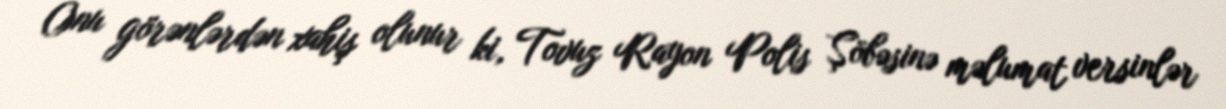
Onu görənlərdən xahiş olunur ki, Tovuz Rayon Polis Şöbəsinə məlumat versinlər